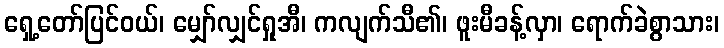
ရှေ့တော်ပြင်ဝယ်၊ မျှော်လျှင်ရှုအီ၊ ကလျက်သီ၏၊ ဖူးမီခန့်လှာ၊ ရောက်ခဲစွာသား၊